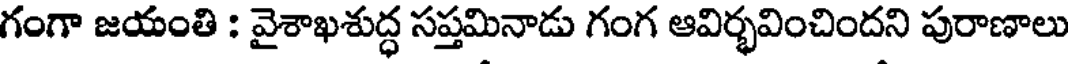
గంగా జయంతి : వైశాఖశుద్ధ సప్తమినాడు గంగ ఆవిర్భవించిందని పురాణాలు